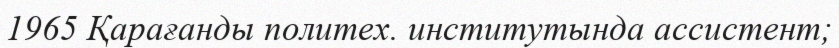
1965 Қарағанды политех. институтында ассистент;